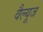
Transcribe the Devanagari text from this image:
वैल्यूज